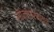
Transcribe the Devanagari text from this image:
सोनीएरिकसन